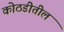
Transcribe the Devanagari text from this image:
कोठडीतील